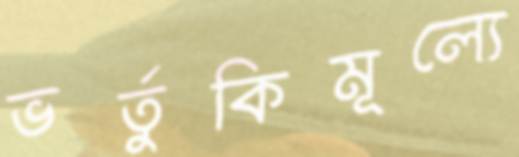
ভর্তুকিমূল্যে